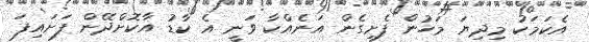
އެކަމަކު މިދިޔަ މަހުން ފެށިގެން އަނެއްކާ ވަނީ އެ ކާޑު އާކޮށްދޭން ފަށައިފަ